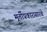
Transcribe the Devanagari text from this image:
मूर्तीप्रकारासारखे